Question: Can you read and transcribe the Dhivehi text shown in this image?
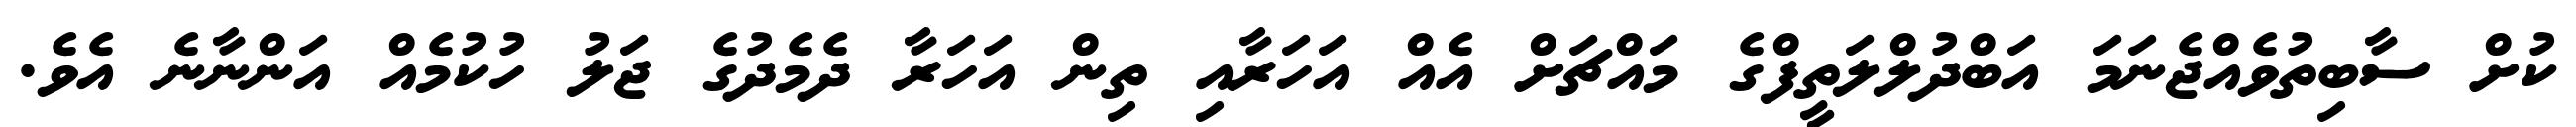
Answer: ކުށް ސާބިތުވެއްޖެނަމަ އަބްދުލްލަތީފްގެ މައްޗަށް އެއް އަހަރާއި ތިން އަހަރާ ދެމެދުގެ ޖަލު ހުކުމެއް އަންނާނެ އެވެ.